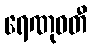
ရေဏုဝတီ